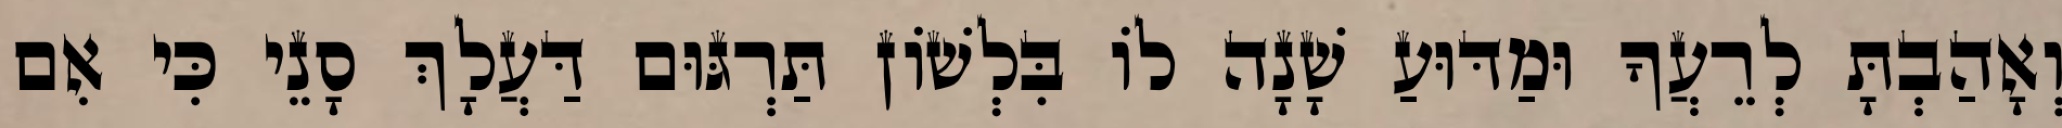
וְאָהַבְתָּ לְרֵעֲךָ וּמַדּוּעַ שָׁנָה לוֹ בִּלְשׁוֹן תַּרְגּוּם דַּעֲלָךְ סָנֵי כִּי אִם